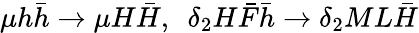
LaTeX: \mu h\bar{h}\rightarrow\mu H\bar{H},~~\delta_{2}H\bar{F}\bar{h}\rightarrow\delta_{2}ML\bar{H}